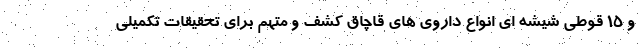
و ۱۵ قوطی شیشه ای انواع داروی های قاچاق کشف و متهم برای تحقیقات تکمیلی